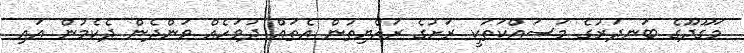
މަގޫދޫގެ ބަނދަރުގެ މަސައްކަތަކީ ރަށުގެ ރައްޔިތުން އެތައް ދުވަހެއް ވަންދެން ދެކެމުން އައި